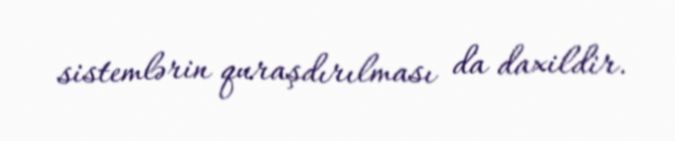
sistemlərin quraşdırılması da daxildir.